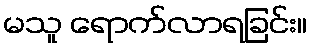
မသူ ရောက်လာရခြင်း။